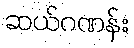
ဆယ်ဂဏန်း